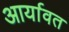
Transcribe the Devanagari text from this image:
आर्यावत